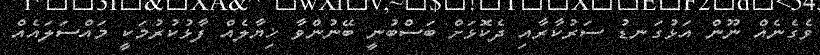
ވެގެނެއް ނޫން އަޅުގަނޑު ސަރުކާރާއި ދެކޮޅަށް ބަސްބުނީ ބޭނުންވާ ޚިޔާލެއް ފާޅުކުރުމަކީ މައްސަލައެއް